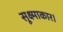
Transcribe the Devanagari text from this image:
सूक्ष्माकार।